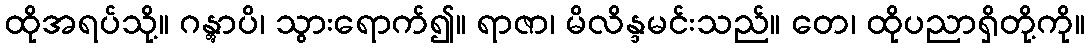
ထိုအရပ်သို့။ ဂန္တွာပိ၊ သွားရောက်၍။ ရာဇာ၊ မိလိန္ဒမင်းသည်။ တေ၊ ထိုပညာရှိတို့ကို။